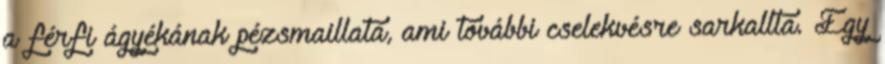
a férfi ágyékának pézsmaillata, ami további cselekvésre sarkallta. Egy